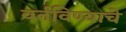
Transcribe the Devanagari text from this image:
वर्तविण्याचे